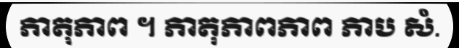
ភាតុភាព ។ ភាតុភាពភាព ភាប សំ.